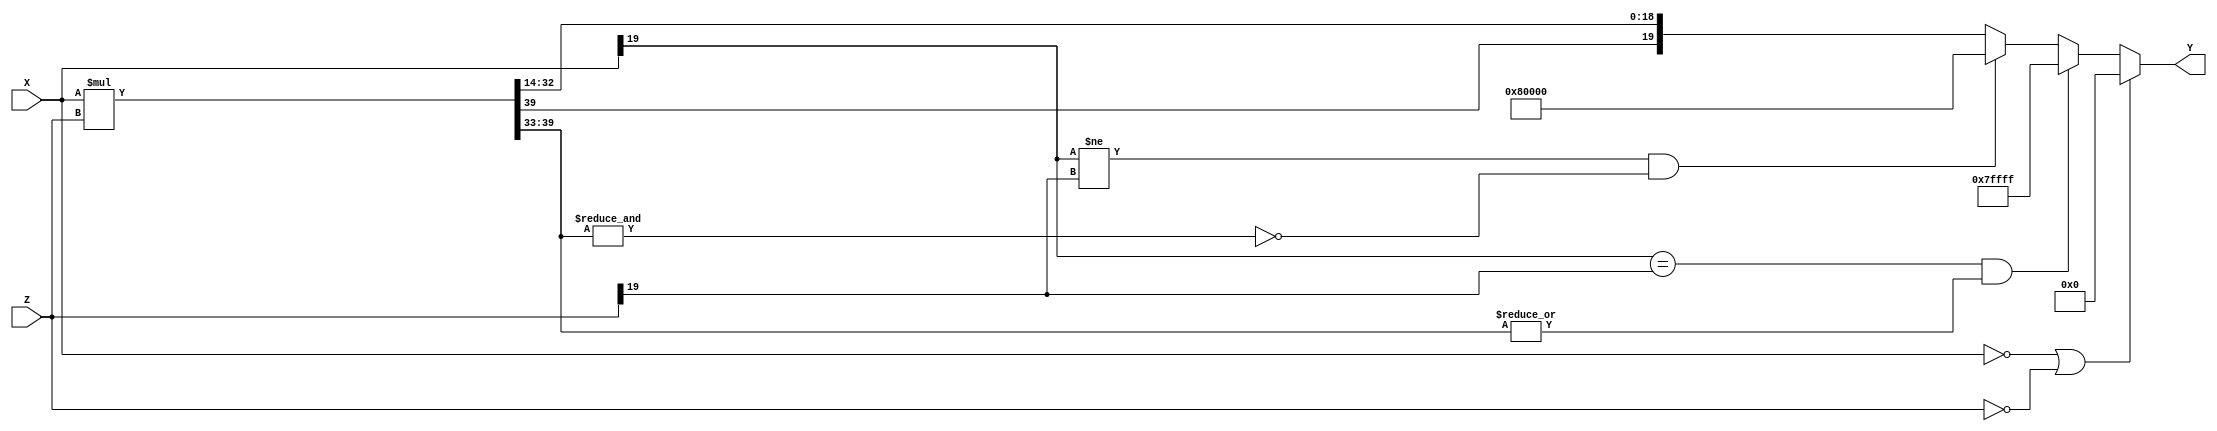
`timescale 1ns / 1ps
//////////////////////////////////////////////////////////////////////////////////
// Company: 
// Engineer: 
// 
// Design Name: 
// Module Name:    Multipli2 
// Project Name: 
// Target Devices: 
// Tool versions: 
// Description: 
//
// Dependencies: 
//
// Revision: 
// Revision 0.01 - File Created
// Additional Comments: 
//
//////////////////////////////////////////////////////////////////////////////////
module Multipli2#( parameter ancho = 20, signo = 1, magnitud = 5, precision = 14)(

input wire signed [ancho-1:0] X,
input wire signed [ancho-1:0] Z,
output wire signed [ancho-1:0] Y
    );
	 
//se crea una variable multipiclacin que va a ser el doble de del ancho de palaba menos 1.
reg signed [2*ancho-1:0] multi;
reg signed [ancho-1:0] multi2;




 

//Lgica

always @*

	begin
multi = X*Z;
multi2 = {multi[2*ancho-1],multi[(2*precision+magnitud-1):precision]};

 if(X==({(ancho){1'b0}}) || (Z=={(ancho){1'b0}}) ) //caso 0
		begin
			multi2={(ancho){1'b0}};
		end
 else 
	begin
	//overflow
		
		if((X[ancho-1]==Z[ancho-1])&&  (|multi[2*ancho-1:2*precision+magnitud]))//caso +*+ o -*- =-
			
			multi2={1'b0,{(ancho-1){1'b1}}};
			
			
			
	//underflow

   	
		else if((X[ancho-1]!=Z[ancho-1])&&  ~(&multi[2*ancho-1:2*precision+magnitud]))//caso -*+ +*- =-
			
		   multi2={1'b1,{(ancho-1){1'b0}}};
			
			
			
		/*else if( ~(|multi[(2*precision+magnitud-1):2*precision]) && ~(|multi[(2*precision-1):precision+5]) ) //caso 0
		
			multi2={(ancho){1'b0}};
		*/
			
			
	end
			
			
end	
assign Y=multi2;


endmodule